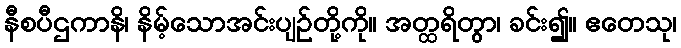
နီစပီဌကာနိ၊ နိမ့်သောအင်းပျဉ်တို့ကို။ အတ္ထရိတွာ၊ ခင်း၍။ ဧတေသု၊